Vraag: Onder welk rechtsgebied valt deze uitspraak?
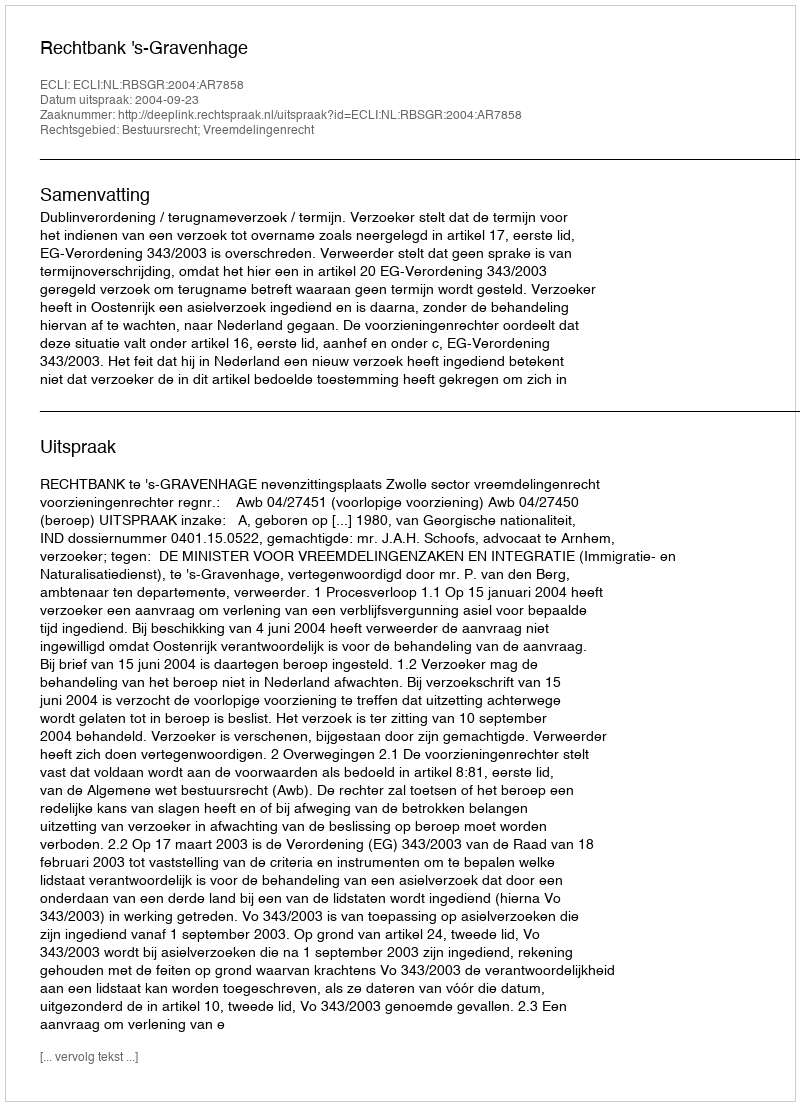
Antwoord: Bestuursrecht; Vreemdelingenrecht